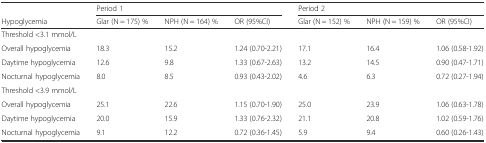
<table><thead><tr><td></td><td colspan="3"><b>Period 1</b></td><td colspan="3"><b>Period 2</b></td></tr><tr><td><b>Hypoglycemia</b></td><td><b>Glar (N = 175) %</b></td><td><b>NPH (N = 164) %</b></td><td><b>OR (95%CI)</b></td><td><b>Glar (N = 152) %</b></td><td><b>NPH (N = 159) %</b></td><td><b>OR (95%CI)</b></td></tr></thead><tbody><tr><td>Threshold &lt;3.1 mmol/L</td><td></td><td></td><td></td><td></td><td></td><td></td></tr><tr><td>Overall hypoglycemia</td><td>18.3</td><td>15.2</td><td>1.24 (0.70-2.21)</td><td>17.1</td><td>16.4</td><td>1.06 (0.58-1.92)</td></tr><tr><td>Daytime hypoglycemia</td><td>12.6</td><td>9.8</td><td>1.33 (0.67-2.63)</td><td>13.2</td><td>14.5</td><td>0.90 (0.47-1.71)</td></tr><tr><td>Nocturnal hypoglycemia</td><td>8.0</td><td>8.5</td><td>0.93 (0.43-2.02)</td><td>4.6</td><td>6.3</td><td>0.72 (0.27-1.94)</td></tr><tr><td>Threshold &lt;3.9 mmol/L</td><td></td><td></td><td></td><td></td><td></td><td></td></tr><tr><td>Overall hypoglycemia</td><td>25.1</td><td>22.6</td><td>1.15 (0.70-1.90)</td><td>25.0</td><td>23.9</td><td>1.06 (0.63-1.78)</td></tr><tr><td>Daytime hypoglycemia</td><td>20.0</td><td>15.9</td><td>1.33 (0.76-2.32)</td><td>21.1</td><td>20.8</td><td>1.02 (0.59-1.76)</td></tr><tr><td>Nocturnal hypoglycemia</td><td>9.1</td><td>12.2</td><td>0.72 (0.36-1.45)</td><td>5.9</td><td>9.4</td><td>0.60 (0.26-1.43)</td></tr></tbody></table>